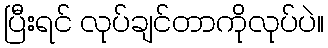
ပြီးရင် လုပ်ချင်တာကိုလုပ်ပဲ။